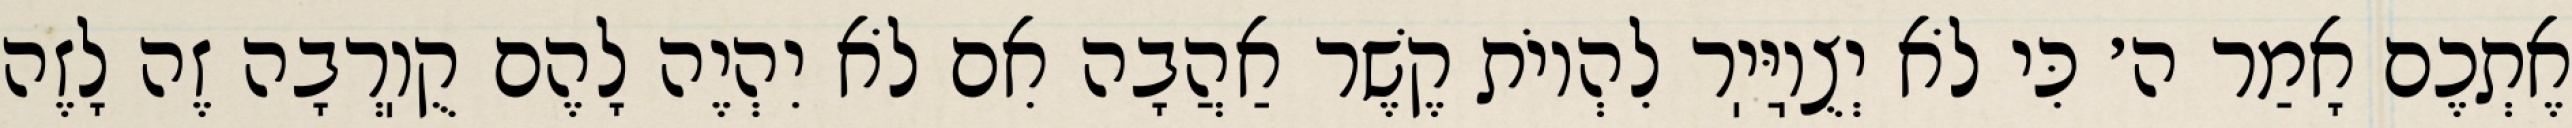
אֶתְכֶם אָמַר ה׳ כִּי לֹא יְצֻוֽיַּיֽר לִהְיוֹת קֶשֶׁר אַהֲבָה אִם לֹא יִהְיֶה לָהֶם קֻוֽרְבָה זֶה לָזֶה